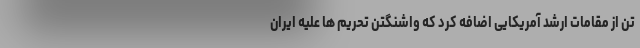
تن از مقامات ارشد آمریکایی اضافه کرد که واشنگتن تحریم ها علیه ایران